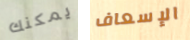
يمكنك الإسعاف